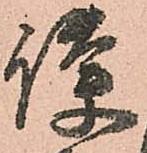
護